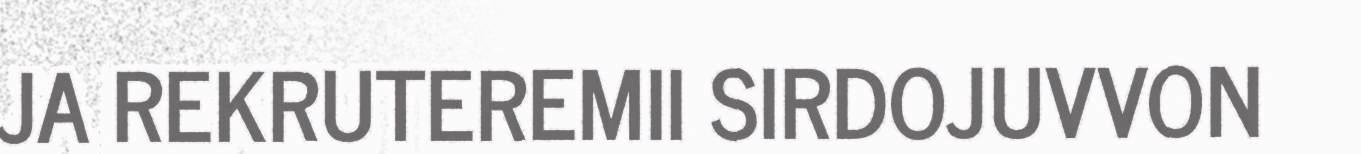
JA REKRUTEREMII SIRDOJUVVON